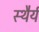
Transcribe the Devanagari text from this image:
स्‍थैर्य